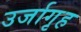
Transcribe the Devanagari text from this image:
उर्जागृह